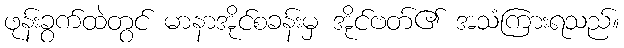
ဖုန်းခွက်ထဲတွင် မာနာအိုင်စခန်းမှ အိုင်ဗတ်၏ အသံကြားရသည်။